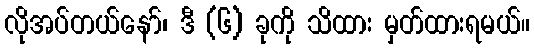
လိုအပ်တယ်နော်၊ ဒီ (၆) ခုကို သိထား မှတ်ထားရမယ်။